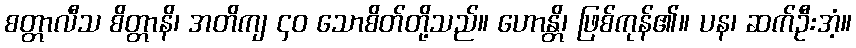
စတ္တာလီသ စိတ္တာနိ၊ အတိကျ ၄၀ သောစိတ်တို့သည်။ ဟောန္တိ၊ ဖြစ်ကုန်၏။ ပန၊ ဆက်ဦးအံ့။